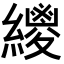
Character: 𦆛